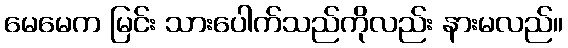
မေမေက မြင်း သားပေါက်သည်ကိုလည်း နားမလည်။